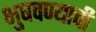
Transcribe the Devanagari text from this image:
भुषवण्याची